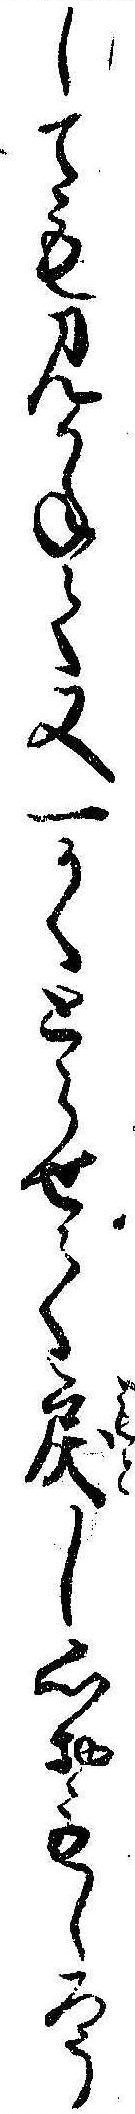
しても見かねて又一かくとらせて戻し心おもしろう